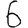
Digit: 6